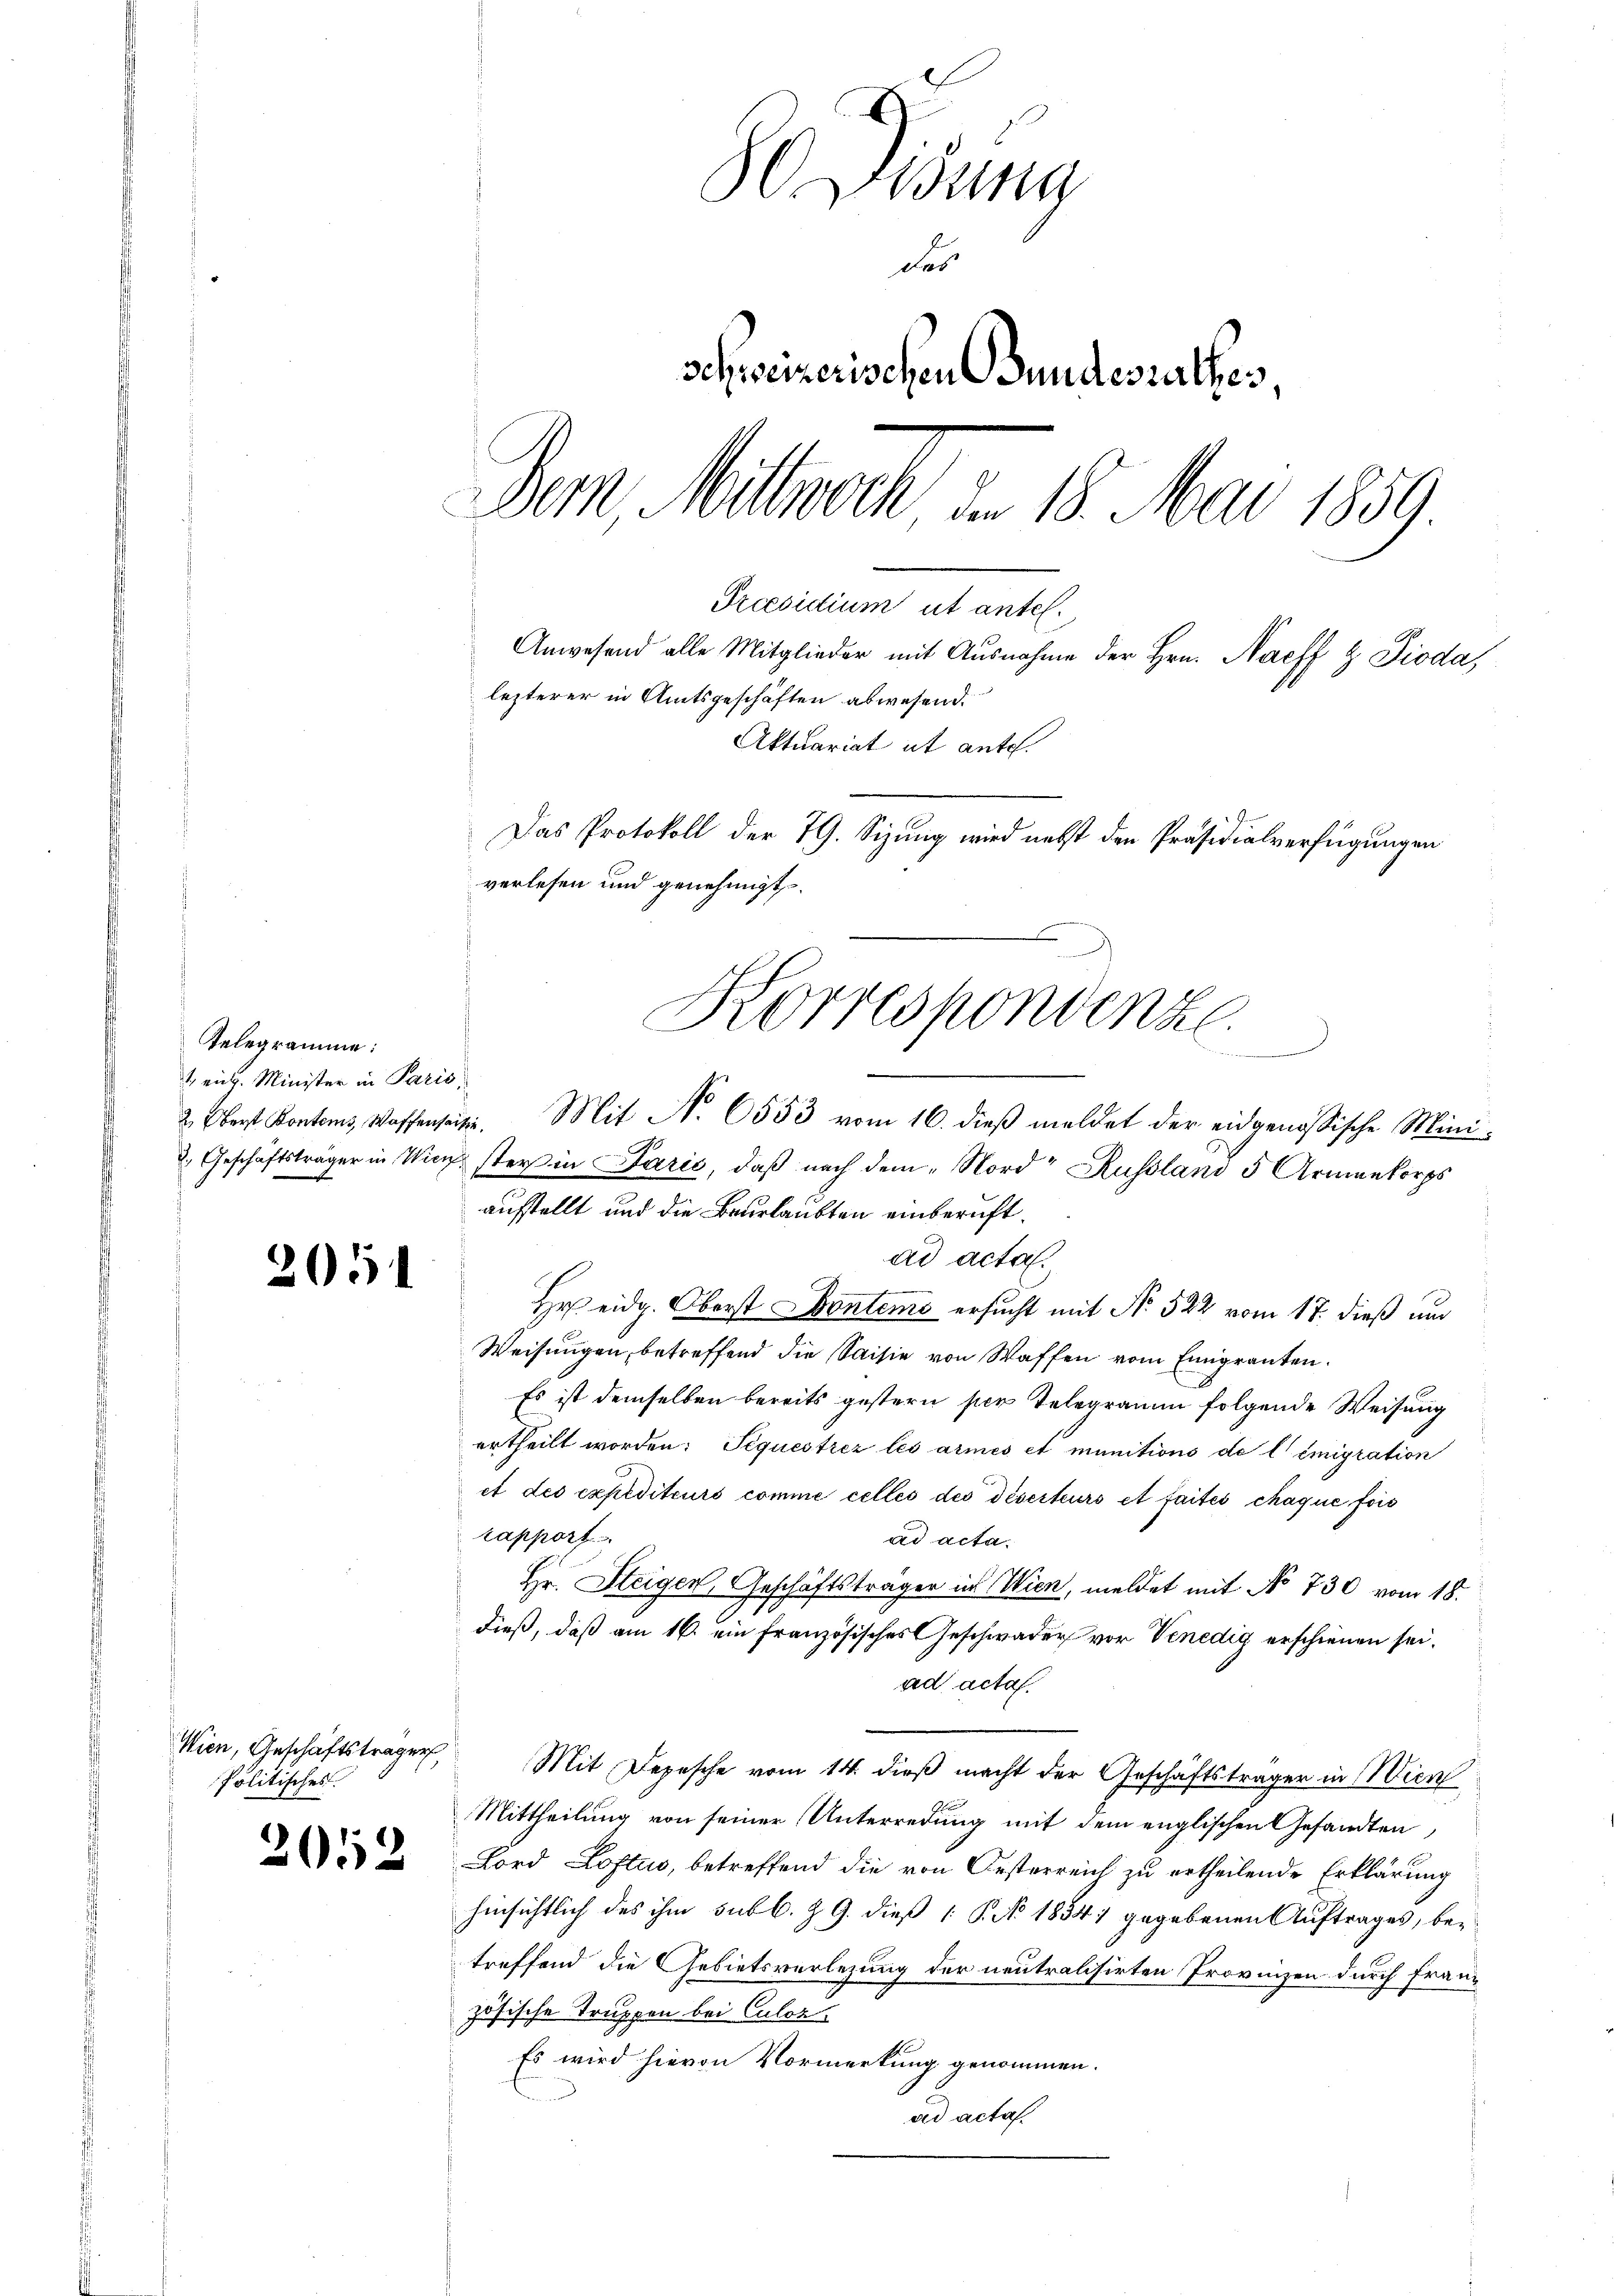
Telegramme:
1 eing. Minister in Paris,

5

Wien, Geschäftsträger,
Politisches

2052

I
0 Didung
das
schweizerischen Bundesrathes,
Dem Mittwoch u. 18. Mai 1859.
Preesidium ut antel.
Anwesend alle Mitglieder mit Ausnahme der Hrn. Nach & Dioda,
lezterer in Amtsgeschäften abwesend:
Aktuariat et ante.
Das Protokoll der 79. Sizung wird nebst den Präsidialverfügungen

verlesen und genehmigt.
Korrespondenze.
unstellen, es
2. Oberst Kontons Wassenseitig. Mit N. 6553 vom 16. dieβ meldet der eidgenössische Mini-
2. Geschäftsträger in Wien sters in Darić, daß nach dem Nord Russland 5 Armenkorps
ausstellt und die Beurlaubten einberuft.

ad acta.
Hr eidg. Oberst Dontems ersucht mit No. 522 vom 17. dieß und
Weisungen, betreffend die Saisie von Waffen vom Emigranten.
Es ist demselben bereits gestern per Telegramm folgende Weisung
ertheilt worden: Sequestrez les armes et munitions de l’émigration
et des expediteurs comme cellés des déserteurs et faites chaque fois
rapport
ad acta.
Hr. Steigen, Geschäftsträger in Wien, meldet mit No 730 vom 18.
dieß, daß am 16. ein französisches Geschwäder vor Venedig erschienen sei.
ad acta.
Mit Depesche vom 14. dieß macht der Geschäftsträger in Wien
Mittheilung von seiner Unterredung mit dem englischen Gesandten,
Lord Loftus, betreffend die von Oesterreich zu ertheilende Erklärung
hinsichtlich des ihm subl. Z. G. dieß P. No. 1834) gegebenen Auftrages, betreffend die Gebietsverlegung der neutralisirten Provinzen durch Französische Truppen bei Culoz
Es wird hievon Vormerkung genommen.
ad acta.